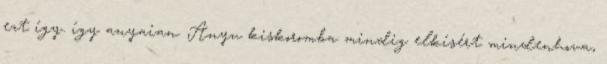
ezt így. így anyaian. Anyu kiskoromba mindig elkísért mindenhova,